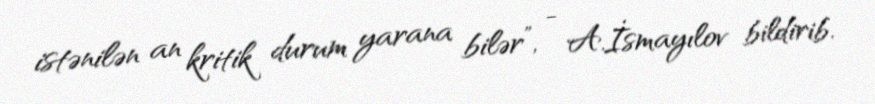
istənilən an kritik durum yarana bilər”, - A.İsmayılov bildirib.